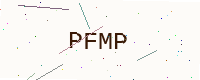
Text: PFMP